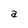
Character: a